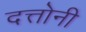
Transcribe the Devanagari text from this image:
दत्तोनी